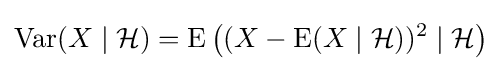
\operatorname {Var} (X\mid {\mathcal {H}})=\operatorname {E} {\bigl (}(X-\operatorname {E} (X\mid {\mathcal {H}}))^{2}\mid {\mathcal {H}}{\bigr )}